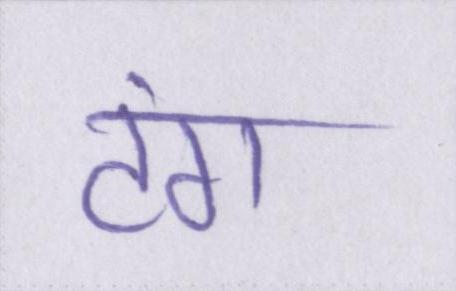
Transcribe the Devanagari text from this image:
टंग